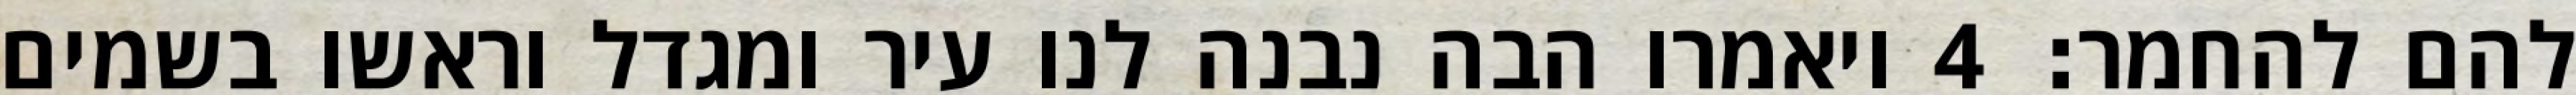
להם להחמר׃ ‎4‏ ויאמרו הבה נבנה לנו עיר ומגדל וראשו בשמים